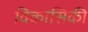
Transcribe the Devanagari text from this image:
विकासिकी